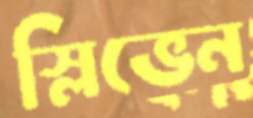
স্লিভেন